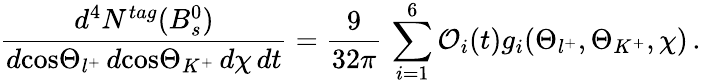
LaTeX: \frac{d^{4}N^{tag}(B_{s}^{0})}{d\mathrm{cos}\Theta_{l^{+}}\, d\mathrm{cos}\Theta_{K^{+}}\, d\chi\, dt}=\frac{9}{32\pi}\, \sum_{i=1}^{6}{\cal O}_{i}(t)g_{i}(\Theta_{l^{+}},\Theta_{K^{+}},\chi)\, .